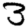
Digit: 3